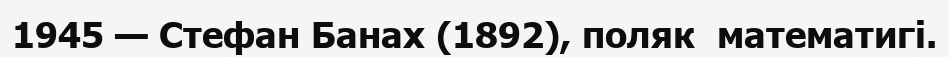
1945 — Стефан Банах (1892), поляк  математигі.